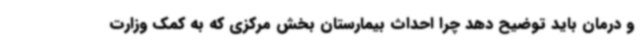
و درمان باید توضیح دهد چرا احداث بیمارستان بخش مرکزی که به کمک وزارت